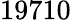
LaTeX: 19710